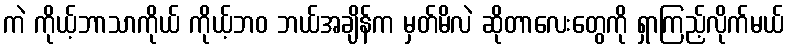
ကဲ ကိုယ့်ဘာသာကိုယ် ကိုယ့်ဘဝ ဘယ်အချိန်က မှတ်မိလဲ ဆိုတာလေးတွေကို ရှာကြည့်လိုက်မယ်